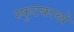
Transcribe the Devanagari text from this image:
स्फुटकाव्ये